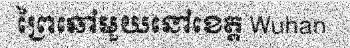
ព្រៃឆៅមួយនៅខេត្ត Wuhan